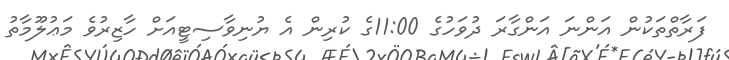
ފަރާތްތަކުން އަންނަ އަންގާރަ ދުވަހުގެ 11:00ގެ ކުރިން އެ ޔުނިވާސިޓީއަށް ހާޒިރުވެ މަޢުލޫމާތު